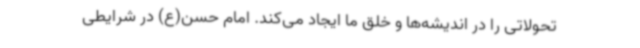
تحولاتی را در اندیشه‌ها و خلق ما ایجاد می‌کند. امام حسن(ع) در شرایطی